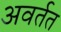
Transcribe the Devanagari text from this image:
अवर्तत